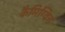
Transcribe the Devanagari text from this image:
कैमिग्विन